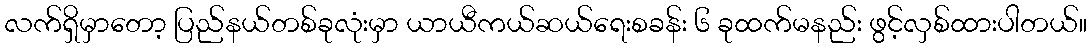
လက်ရှိမှာတော့ ပြည်နယ်တစ်ခုလုံးမှာ ယာယီကယ်ဆယ်ရေးစခန်း ၆ ခုထက်မနည်း ဖွင့်လှစ်ထားပါတယ်။